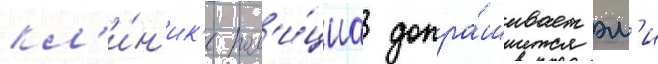
кл'и́н'ик'е пол'и́циа допра́шивает эм'и